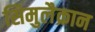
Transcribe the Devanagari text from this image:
सिमुलैक्रान